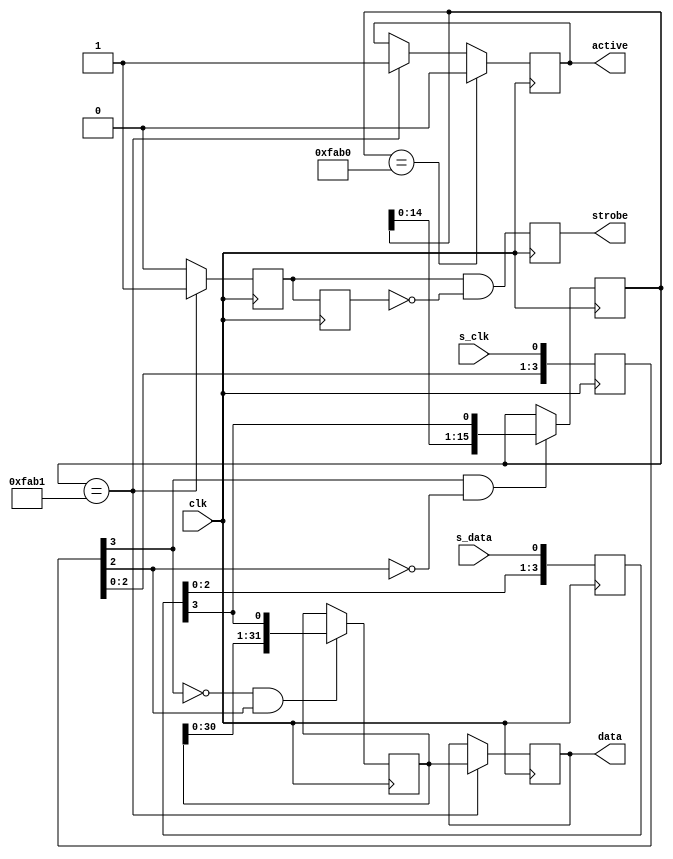
module bitbang (s_clk, s_data, strobe, data, active, clk);
	localparam on_pattern = 16'hFAB1; 
	localparam off_pattern = 16'hFAB0; 
	input s_clk;
	input s_data;
	output reg strobe;
	output reg [31:0] data;
	output reg active = 1'b0;
	input clk; 

	reg [3:0] s_data_sample;
	reg [3:0] s_clk_sample;

	reg [31:0] serial_data;
	reg [15:0] serial_control;

	reg local_strobe;
	reg old_local_strobe;

	always @ (posedge clk)
	begin : p_input_sync
		s_data_sample <= {s_data_sample[3-1:0],s_data};
		s_clk_sample  <= {s_clk_sample[3-1:0],s_clk};
	end

	always @ (posedge clk)
	begin : p_in_shift
		// on s_clk_sample rising edge, we sample in a serial_data bit
		if ((s_clk_sample[3] == 1'b0) && (s_clk_sample[3-1] == 1'b1)) begin
			serial_data <= {serial_data[31-1:0],s_data_sample[3]};
		end
		// on s_clk_sample faling edge, we sample in a serial_data bit
		if ((s_clk_sample[3] == 1'b1) && (s_clk_sample[3-1] == 1'b0)) begin
			serial_control <= {serial_control[15-1:0],s_data_sample[3]}; // its data again, but its sampled on the other edge
		end
	end

// we could replicate the following 
	always @ (posedge clk)
	begin : p_parallel_load
		local_strobe <= 1'b0; // will be overwritten if next conditional is true
		if (serial_control == on_pattern) begin// x"FAB1" then      
			data <= serial_data;
			local_strobe <= 1'b1;
		end //else begin
		//	data <= data;
		//	local_strobe <= 1'b0;
		// end
		old_local_strobe <= local_strobe;
		strobe <= local_strobe & ~old_local_strobe; // activates strobe for one clock cycle after "FAB0" was detected
	end

// we could replicate the following 
	always @ (posedge clk)
	begin : active_FSM
		if (serial_control == on_pattern) begin// x"FAB1" then      
			active <= 1'b1;
		end
		if (serial_control == off_pattern) begin// x"FAB0" then      
			active <= 1'b0;
		end
	end

// the following is just copy and past, in case we want use the bitbang interface to shift in other data (let's say to drive CPU port)
// we can also read back the data by loading the parallel shift and shifting the content to an output pin
//p_parallel_load2: process(clk)
//begin
//    if clk'event and clk=1'b1 then
//        local_strobe <= 1'b0;       // will be overwritten if next conditional is true
//        if serial_control = x"FAB1" then      
//            data2 <= serial_data;  
//            local_strobe2 <= 1'b1;
//            old_local_strobe2 <= local_strobe;
//        end if;
//      strobe2 <= local_strobe2 and (not old_local_strobe2)   // activates strobe for one clock cycle after "FAB0" was detected
//    end if;
//end process;

endmodule